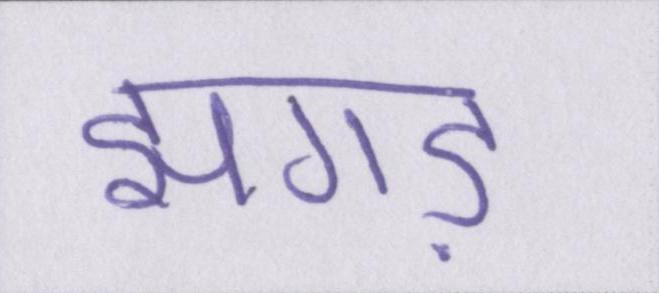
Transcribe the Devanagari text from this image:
झगड़